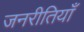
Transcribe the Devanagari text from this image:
जनरीतियाँ